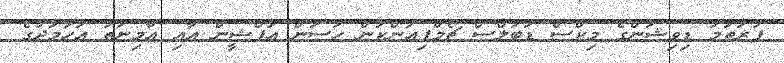
ފުރަތަމަ ޑިވިޝަންގެ މިކްސް ޑަބަލްސް ޗެމްޕިއަންކަން ހަސަން އަފްޝީން އާއި އާމިނަތު އަހުމަދުގެ